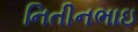
નિતીનભાઇ